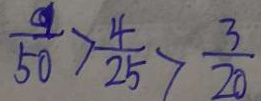
\frac { 9 } { 5 0 } > \frac { 4 } { 2 5 } > \frac { 3 } { 2 0 }